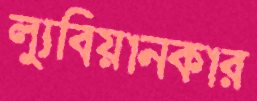
ল্যুবিয়ানকার